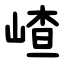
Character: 嵖